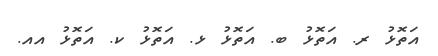
އަތޮޅު ރ. އަތޮޅު ބ. އަތޮޅު ޅ. އަތޮޅު ކ. އަތޮޅު އއ.